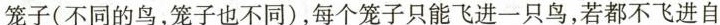
笼子(不同的鸟，笼子也不同)，每个笼子只能飞进一只鸟，若都不飞进自